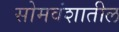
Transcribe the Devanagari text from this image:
सोमवंशातील